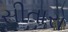
સીતારો